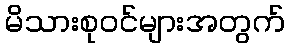
မိသားစုဝင်များအတွက်